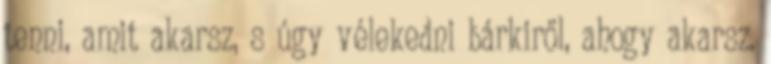
tenni, amit akarsz, s úgy vélekedni bárkiről, ahogy akarsz.